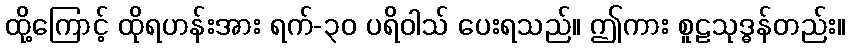
ထို့ကြောင့် ထိုရဟန်းအား ရက်-၃၀ ပရိဝါသ် ပေးရသည်။ ဤကား စူဠသုဒ္ဓန်တည်း။